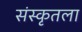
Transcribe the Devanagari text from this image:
संस्कृतला